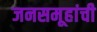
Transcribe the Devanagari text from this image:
जनसमूहांची